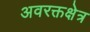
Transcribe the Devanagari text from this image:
अवरक्तक्षेत्र